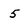
Character: 5